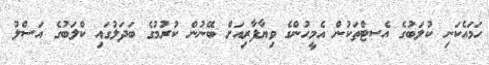
ހަމައެކަނި ކުލަބުގެ އެސޓްތަކުން އެމީހުންގެ ވިޔާފާރިއަށް ބޭނުން ކުރުމުގެ ބަދަލުގައި ކްލަބުގެ އަސްލު